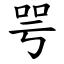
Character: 咢